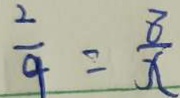
\frac { 2 } { 9 } = \frac { 8 } { x }